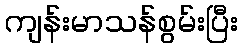
ကျန်းမာသန်စွမ်းပြီး